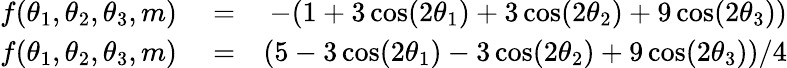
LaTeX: \begin{array}{rlr}{f(\theta_{1},\theta_{2},\theta_{3},m)}&{{}=}&{-(1+3\cos(2\theta_{1})+3\cos(2\theta_{2})+9\cos(2\theta_{3}))}\\ {f(\theta_{1},\theta_{2},\theta_{3},m)}&{{}=}&{(5-3\cos(2\theta_{1})-3\cos(2\theta_{2})+9\cos(2\theta_{3}))/4}\end{array}